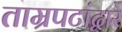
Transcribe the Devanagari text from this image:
ताम्रपटांद्वारे